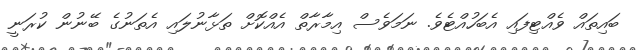
ބައިތައް ވެއްޓިފައި އެބަހުއްޓެވެ. ނަމަވެސް އިމާރާތް އެއްކޮށް ތަޅާނުލައި އެތަނުގެ ބޭނުން ކުރަނީ